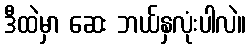
ဒီထဲမှာ ဆေး ဘယ်နှလုံးပါလဲ။